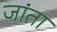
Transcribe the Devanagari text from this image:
जांता